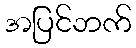
အပြင်ဘက်